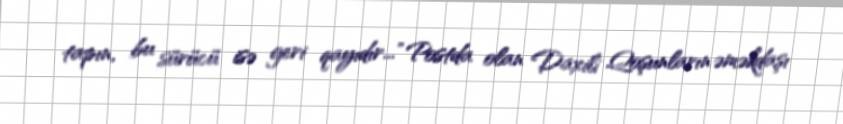
tapın, bu sürücü isə geri qayıdır..." Postda olan Daxili Qoşunların əməkdaşı